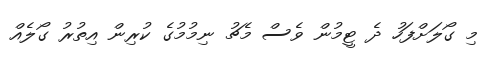
މި ގޯލަށްފަހު ދެ ޓީމުން ވެސް މެޗު ނިމުމުގެ ކުރިން އިތުރު ގޯލެއް